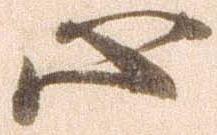
心